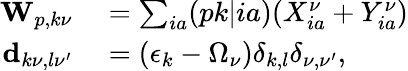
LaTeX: \begin{array}{rl}{\mathbf{W}_{p,k\nu}}&{{}=\sum_{ia}(pk|ia)(X_{ia}^{\nu}+Y_{ia}^{\nu})}\\ {\mathbf{d}_{k\nu,l\nu^{\prime}}}&{{}=(\epsilon_{k}-\Omega_{\nu})\delta_{k,l}\delta_{\nu,\nu^{\prime}},}\end{array}